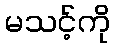
မသင့်ကို